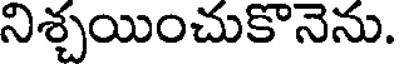
నిశ్చయించుకొనెను.